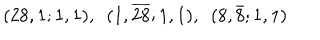
LaTeX: ( 2 8 , 1 ; 1 , 1 ) , ~ ~ ( 1 , \overline { { { 2 8 } } } ; 1 , 1 ) , ~ ~ ( 8 , \bar { 8 } ; 1 , 1 )